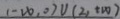
1 - 1 0 , 0 ) \cup ( 2 , + \infty )